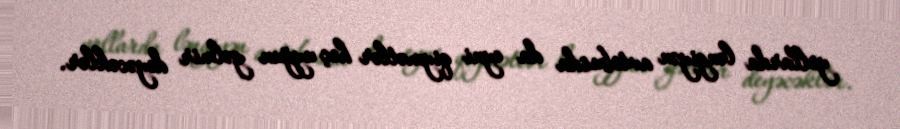
yollarda ləngiyən avtobusda da eyni qiymətlər heç uyğun gəlmir deyəcəklər.